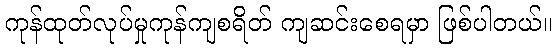
ကုန်ထုတ်လုပ်မှုကုန်ကျစရိတ် ကျဆင်းစေရမှာ ဖြစ်ပါတယ်။